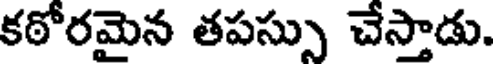
కఠోరమైన తపస్సు చేస్తాడు.